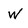
Character: W